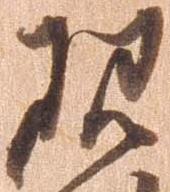
現